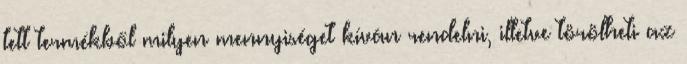
tett termékből milyen mennyiséget kíván rendelni, illetve törölheti az